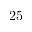
2 5